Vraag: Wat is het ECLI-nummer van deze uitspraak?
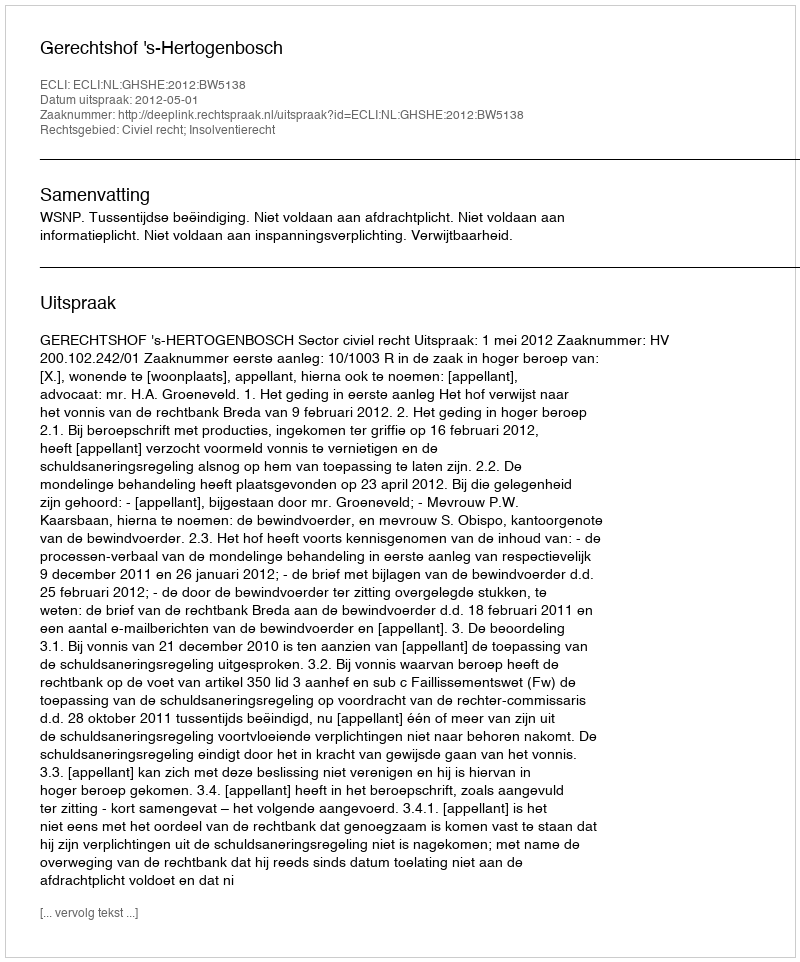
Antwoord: ECLI:NL:GHSHE:2012:BW5138